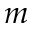
m